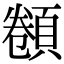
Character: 𩓫